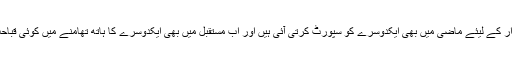
ن لیگ اور پیپلز پارٹی اقتدار کے لیئے ماضی میں بھی ایکدوسرے کو سپورٹ کرتی آئی ہیں اور اب مستقبل میں بھی ایکدوسرے کا ہاتھ تھامنے میں کوئی قباحت محسوس نہیں کریں گی۔